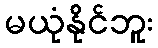
မယုံနိုင်ဘူး